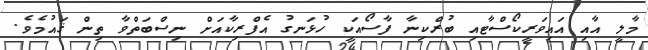
މާލީ އާއި އައިވަރީކޯސްޓާއި ބުރްކިނާ ފާސޯއަކީ ހުޅަނގު އެފްރިކާއަށް ނިސްބަތްވާ ތިން ޤައުމެވެ.